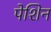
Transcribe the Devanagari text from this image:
पेशिन